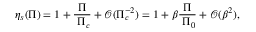
\eta _ { s } ( \Pi ) = 1 + \frac { \Pi } { \; \Pi _ { c } } + \mathcal { O } ( \Pi _ { c } ^ { - 2 } ) = 1 + \beta \frac { \Pi } { \; \Pi _ { 0 } } + \mathcal { O } ( \beta ^ { 2 } ) ,